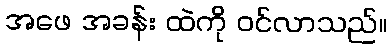
အဖေ အခန်း ထဲကို ဝင်လာသည်။